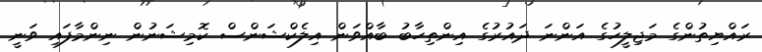
ރައްޔިތުންގެ މަޖިލީހުގެ އަންނަ ދައުރުގެ އިންތިހާބު ބާއްވަން އިލެކްޝަންސް ކޮމިޝަނުން ނިންމާފައި ވަނީ